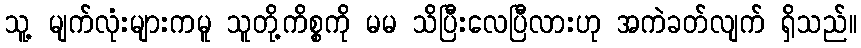
သူ့ မျက်လုံးများကမူ သူတို့ကိစ္စကို မမ သိပြီးလေပြီလားဟု အကဲခတ်လျက် ရှိသည်။